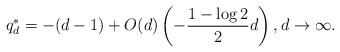
LaTeX: \begin{align*}q_d^* = -(d-1) + O(d)\left(-\frac{1-\log 2}{2}d\right), d \to \infty.\end{align*}